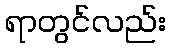
ရာတွင်လည်း